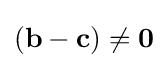
(\mathbf {b} -\mathbf {c} )\neq \mathbf {0}